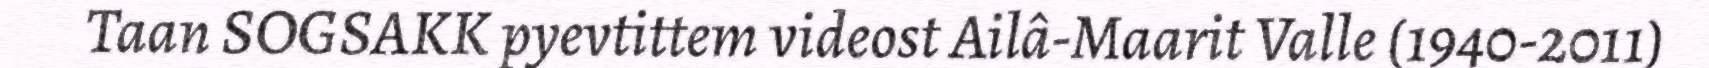
Taan SOGSAKK pyevtittem videost Ailâ-Maarit Valle (1940-2011)